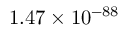
1 . 4 7 \times 1 0 ^ { - 8 8 }